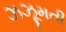
ઝઝૂમતી